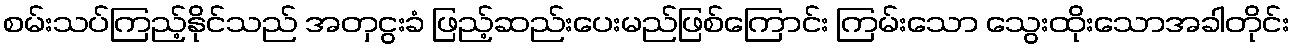
စမ်းသပ်ကြည့်နိုင်သည် အတှငွးခံ ဖြည့်ဆည်းပေးမည်ဖြစ်ကြောင်း ကြမ်းသော သွေးထိုးသောအခါတိုင်း